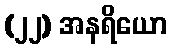
(၂၂) အနရိယော